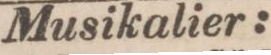
Musikalier: